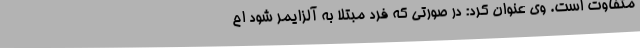
متفاوت است. وی عنوان کرد: در صورتی که فرد مبتلا به آلزایمر شود اح